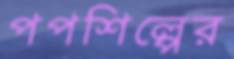
পপশিল্পের